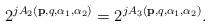
LaTeX: \begin{align*}2^{jA_2(\mathbf{p},q,\alpha_1,\alpha_2)}=2^{jA_3(\mathbf{p},q,\alpha_1,\alpha_2)}.\end{align*}